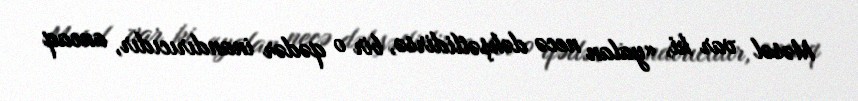
Məsəl var ki, «yalan necə dəhşətlidirsə, bir o qədər inandırıcıdır, ancaq